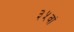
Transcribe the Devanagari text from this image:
३५वां